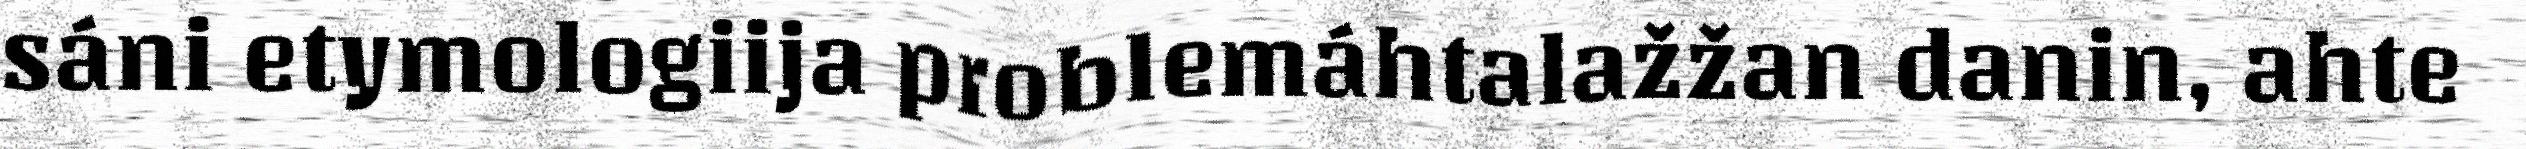
sáni etymologiija problemáhtalažžan danin, ahte